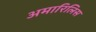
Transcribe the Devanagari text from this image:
अमारिलिस